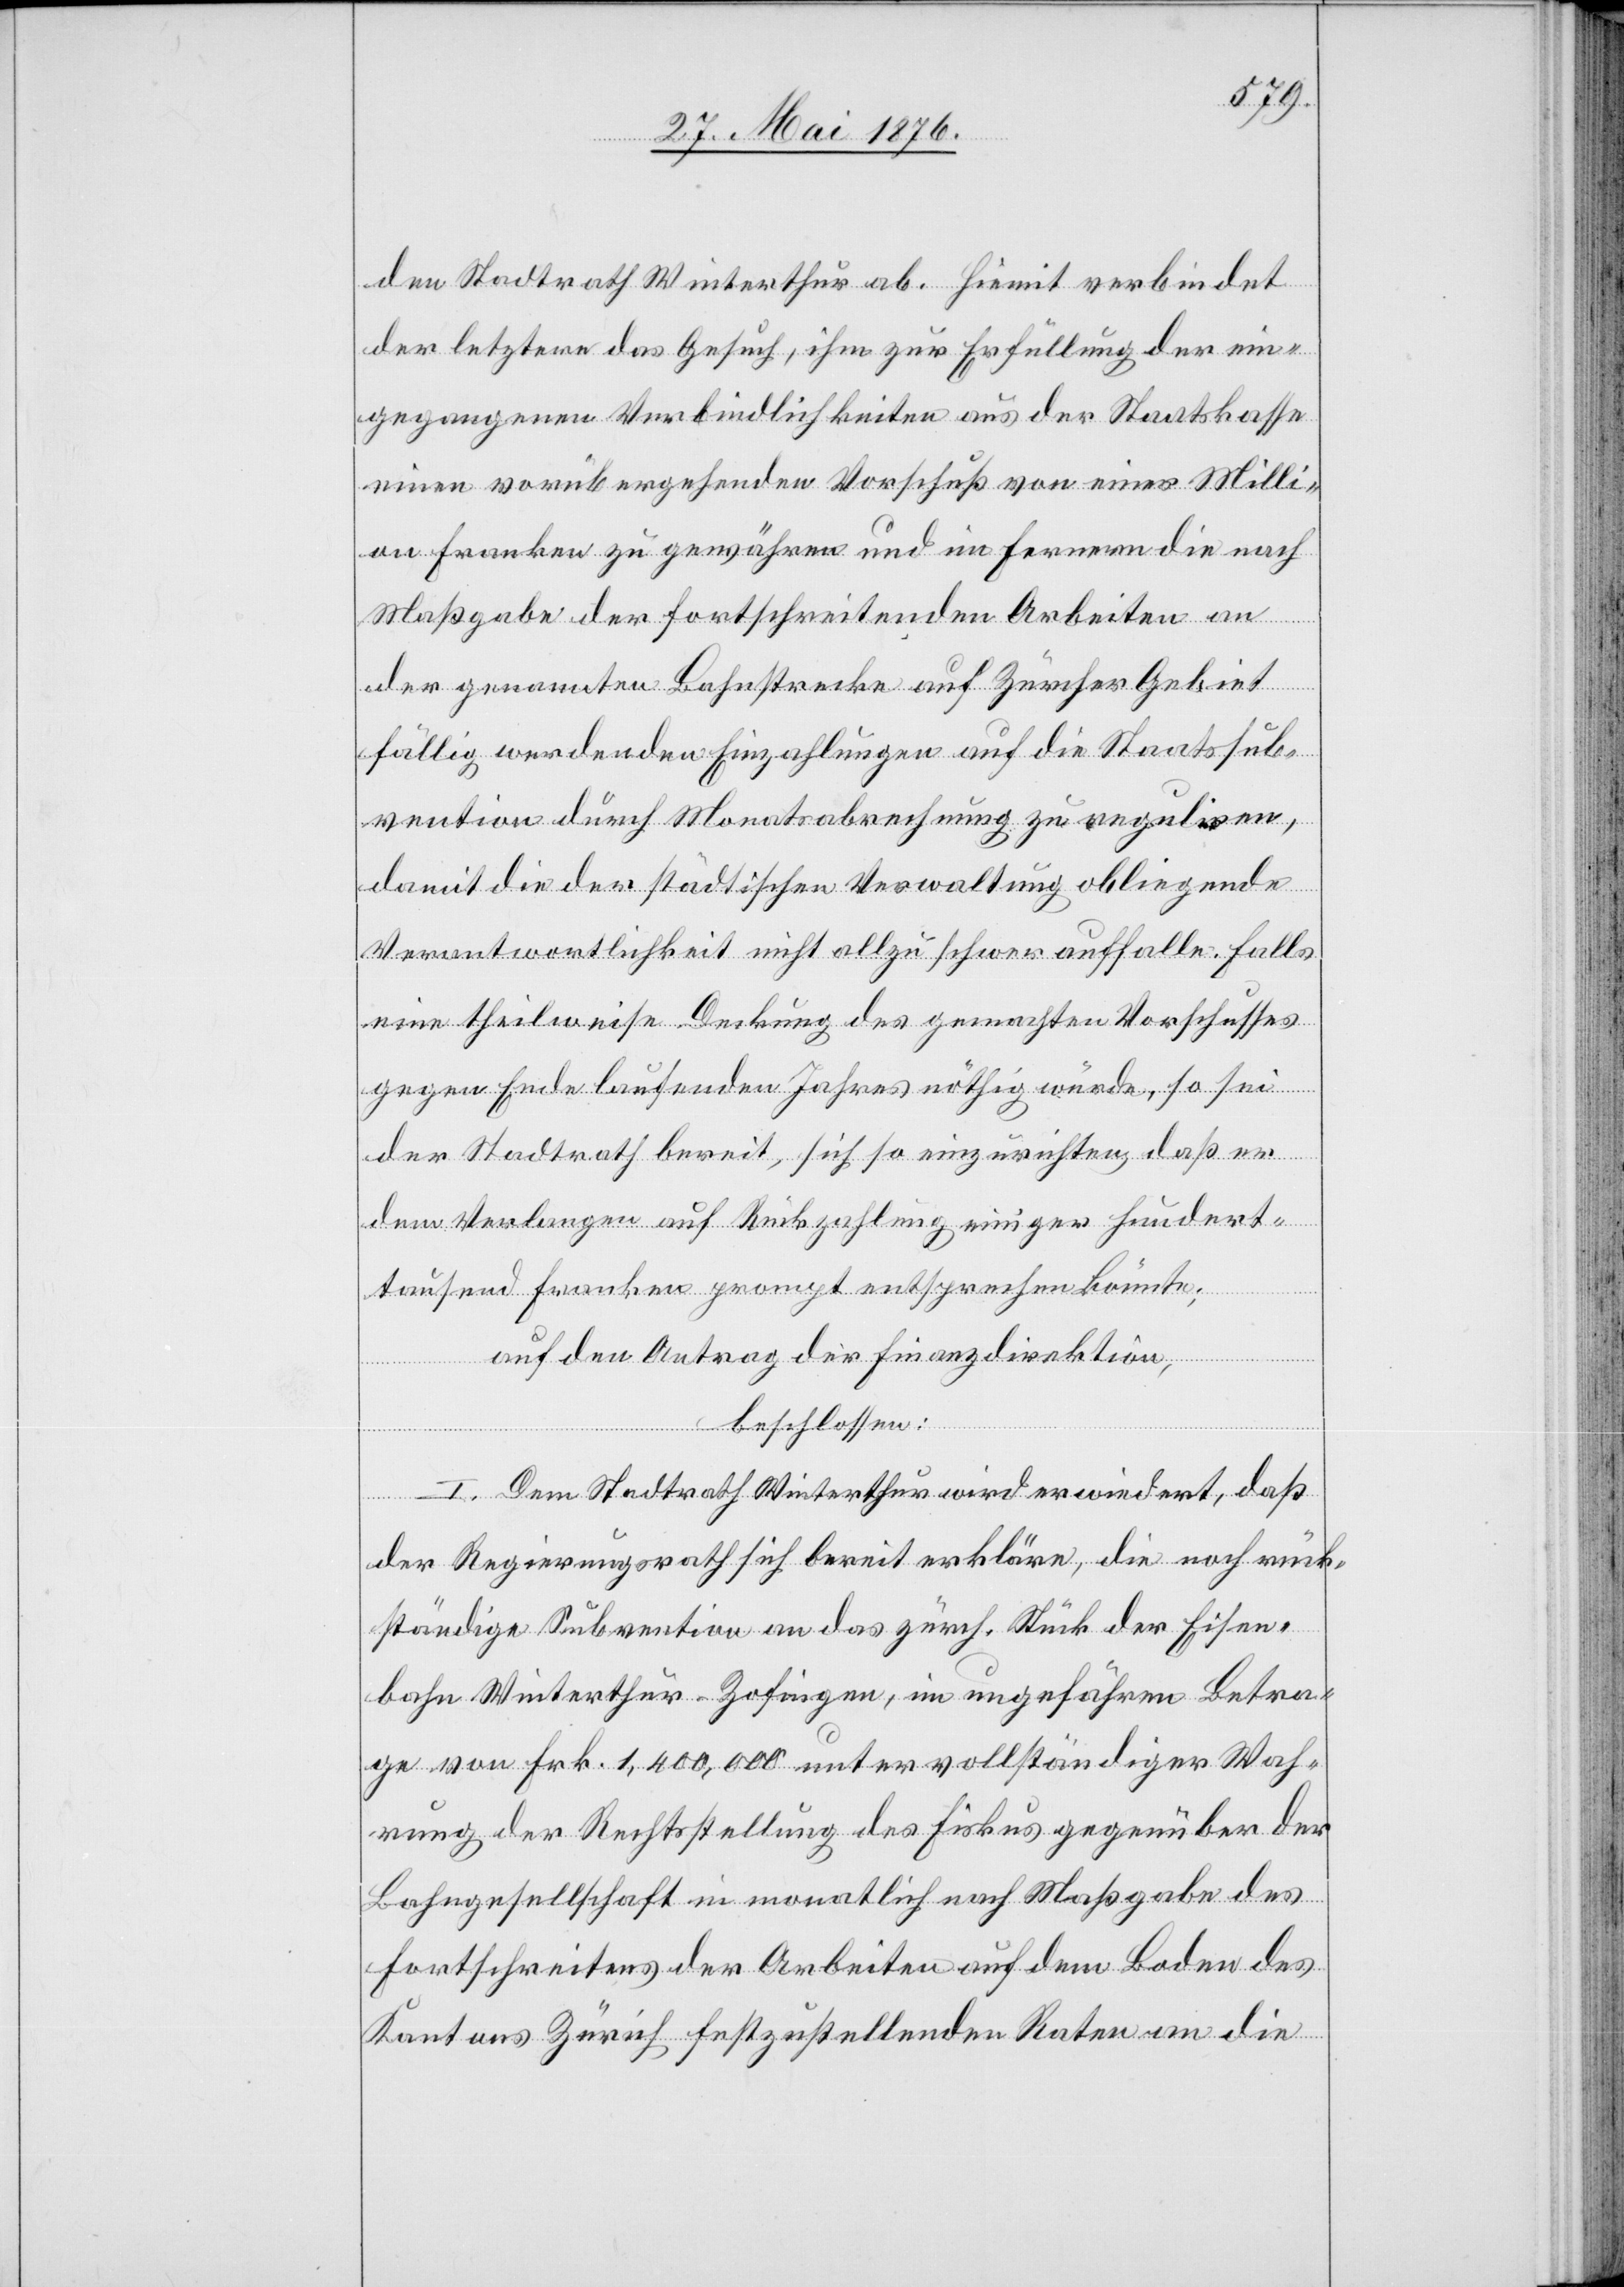
Stadtrath Winterthur ab. Hiemit verbindet
der letztere das Gesuch, ihm zur Erfüllung der ein¬
gegangenen Verbindlichkeiten aus der Staatskasse
einen vorübergehenden Vorschuß von einer Milli¬
on Franken zu gewähren und im Fernern die nach
Maßgabe der fortschreitenden Arbeiten an
der genannten Bahnstrecke auf Zürcher Gebiet
fällig werdenden Einzahlungen auf die Staatssub¬
vention durch Monatsabrechnung zu reguliren,
damit die der städtischen Verwaltung obliegende
Verantwortlichkeit nicht allzu schwer auffalle. Falls
eine theilweise Deckung des gemachten Vorschusses
gegen Ende laufenden Jahres nöthig würde, so sei
der Stadtrath bereit, sich so einzurichten, daß er
dem Verlangen auf Rückzahlung einiger hundert¬
tausend Franken prompt entsprechen könnte;
auf den Antrag der Finanzdirektion,
beschlossen:
I. Dem Stadtrath Winterthur wird erwiedert, daß
der Regierungsrath sich bereit erkläre, die noch rück¬
ständige Subvention an das zürch. Stück der Eisen¬
bahn Winterthur–Zofingen, im ungefähren Betra¬
ge von Frk. 1,400,000 unter vollständiger Wah¬
rung der Rechtsstellung des Fiskus gegenüber der
Bahngesellschaft in monatlich nach Maßgabe des
Fortschreitens der Arbeiten auf dem Boden des
Kantons Zürich festzustellenden Raten an die